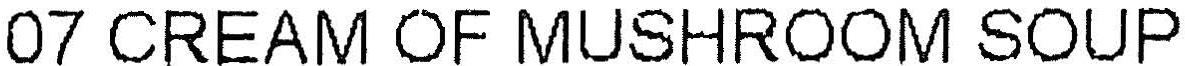
07 CREAM OF MUSHROOM SOUP